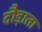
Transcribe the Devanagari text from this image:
दौड़ाता